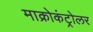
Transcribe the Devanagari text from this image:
माक्रोकंट्रोलर